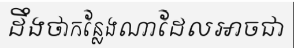
ដឹងថាកន្លែងណាដែលអាចជា